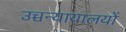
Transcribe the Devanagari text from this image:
उच्चन्यायालयों